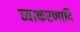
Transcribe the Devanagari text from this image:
व्याकरणादि